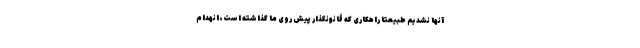
آنها نشدیم طبیعتاً راهکاری که قانونگذار پیش روی ما گذاشته است، انهدام